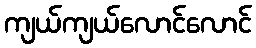
ကျယ်ကျယ်လောင်လောင်